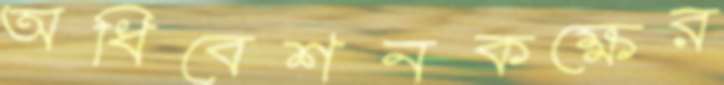
অধিবেশনকক্ষের